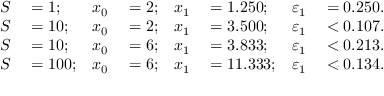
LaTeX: \begin{array} { r l r l r l r l } { S } & { { } = 1 ; } & { x _ { 0 } } & { { } = 2 ; } & { x _ { 1 } } & { { } = 1 . 2 5 0 ; } & { \varepsilon _ { 1 } } & { { } = 0 . 2 5 0 . } \\ { S } & { { } = 1 0 ; } & { x _ { 0 } } & { { } = 2 ; } & { x _ { 1 } } & { { } = 3 . 5 0 0 ; } & { \varepsilon _ { 1 } } & { { } < 0 . 1 0 7 . } \\ { S } & { { } = 1 0 ; } & { x _ { 0 } } & { { } = 6 ; } & { x _ { 1 } } & { { } = 3 . 8 3 3 ; } & { \varepsilon _ { 1 } } & { { } < 0 . 2 1 3 . } \\ { S } & { { } = 1 0 0 ; } & { x _ { 0 } } & { { } = 6 ; } & { x _ { 1 } } & { { } = 1 1 . 3 3 3 ; } & { \varepsilon _ { 1 } } & { { } < 0 . 1 3 4 . } \end{array}